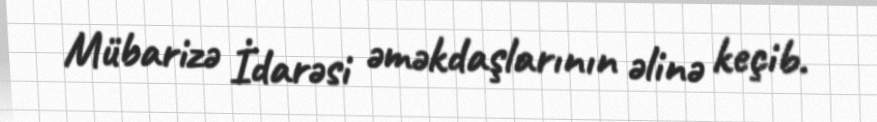
Mübarizə İdarəsi əməkdaşlarının əlinə keçib.